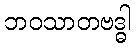
ဘဝသာတဗဒ္ဓါ